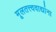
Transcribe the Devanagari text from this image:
मूलतत्त्ववाद्यांना